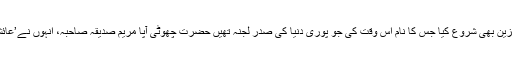
انہوں نے لجنہ کا ایک میگزین بھی شروع کیا جس کا نام اس وقت کی جو پوری دنیا کی صدر لجنہ تھیں حضرت چھوٹی آپا مریم صدیقہ صاحبہ، انہوں نے’عائشہ ‘ (Ayesha)رکھا تھا۔